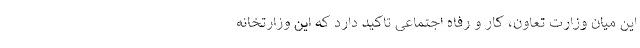
این میان وزارت تعاون، کار و رفاه اجتماعی تاکید دارد که این وزارتخانه